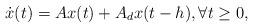
LaTeX: \begin{align*} \dot{x}(t) = A x(t) + A_d x(t-h),\forall t\geq 0,\end{align*}